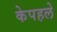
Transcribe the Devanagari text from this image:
केपहले